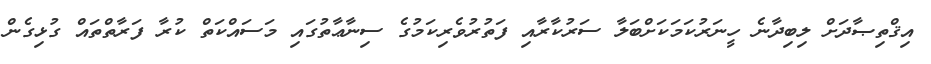
އިޤްތިޞާދަށް ލިބިދާނެ ހީނަރުކަމަކަށްބަލާ ސަރުކާރާއި ފަތުރުވެރިކަމުގެ ސިނާޢާތުގައި މަސައްކަތް ކުރާ ފަރާތްތައް ގުޅިގެން